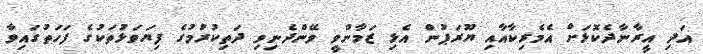
އަދި އީރާނާދެކޮޅަށް އެމެރިކާއާއި ޔޫރަޕުން އެޅި ޒަމާންވީ ވޭންދެނިވި ދަތިކުރުމުގެ ފިޔަވަޅުތަކުގެ ފަހަތުގައިވާ